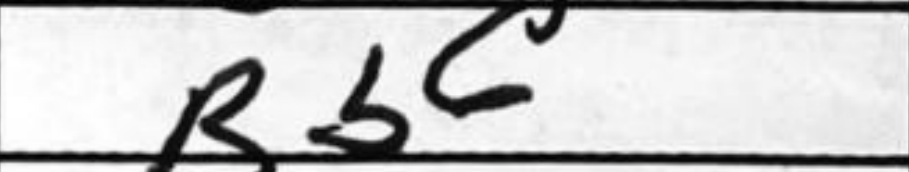
Transcription: Bb6